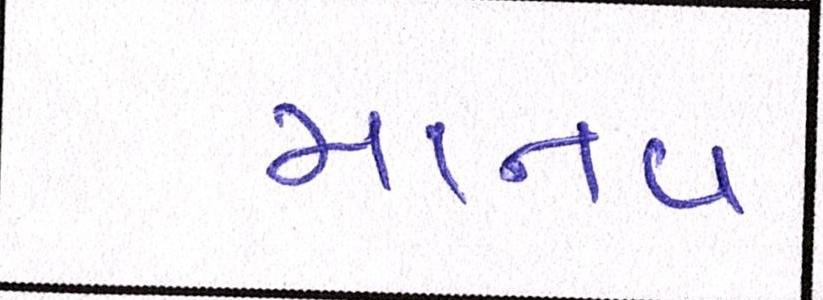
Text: માનવ